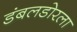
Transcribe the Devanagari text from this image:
डंबलडोरला